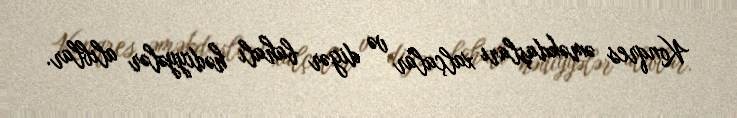
Konqres əməkdaşları xalçalar və digər bahalı hədiyyələr alıblar.